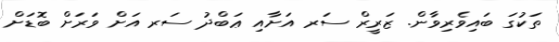
ތަކުގަ ބައިވެރިވާން. ޒަރީރް ސަރ އަށާއި ޢަބްދު ސަރ އަށް ވަރަށް ބޮޑަށް